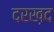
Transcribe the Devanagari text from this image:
दरख़द